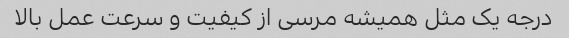
درجه یک مثل همیشه مرسی از کیفیت و سرعت عمل بالا